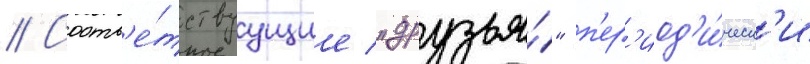
// Соотв'е́тствуущие "друзья́" п'ер'иод'и́ческ'и